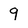
Character: 9